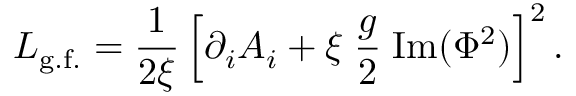
{ \cal L } _ { \mathrm { g . f . } } = \frac { 1 } { 2 \xi } \left[ \partial _ { i } A _ { i } + \xi \; \frac { g } { 2 } \; \mathrm { I m } ( \Phi ^ { 2 } ) \right] ^ { 2 } .